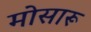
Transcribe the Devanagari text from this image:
मोसारू